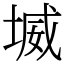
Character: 㙎